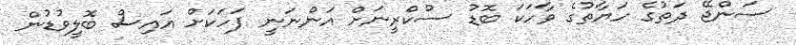
ސަންޖޭ ދަތުގެ ހަޔާތުގެ ވާހަކަ ބޮޑު ސްކްރީނަށް އަންނަނީ ފަހަކަށް އައިސް ބޮލީވުޑުން